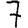
Digit: 7